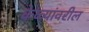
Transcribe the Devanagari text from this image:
केळ्यांवरील